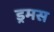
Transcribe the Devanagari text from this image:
ड्रमस